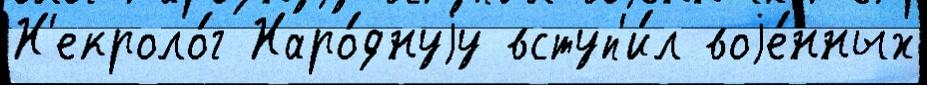
Н'екроло́г Наро́днуjу вступ'и́л воjе́нных